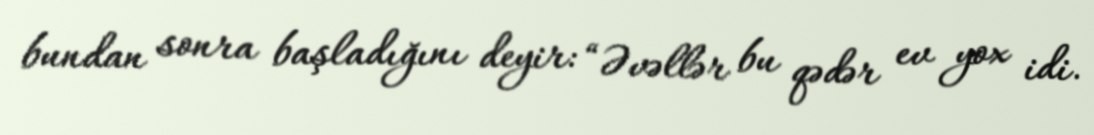
bundan sonra başladığını deyir: “Əvəllər bu qədər ev yox idi.